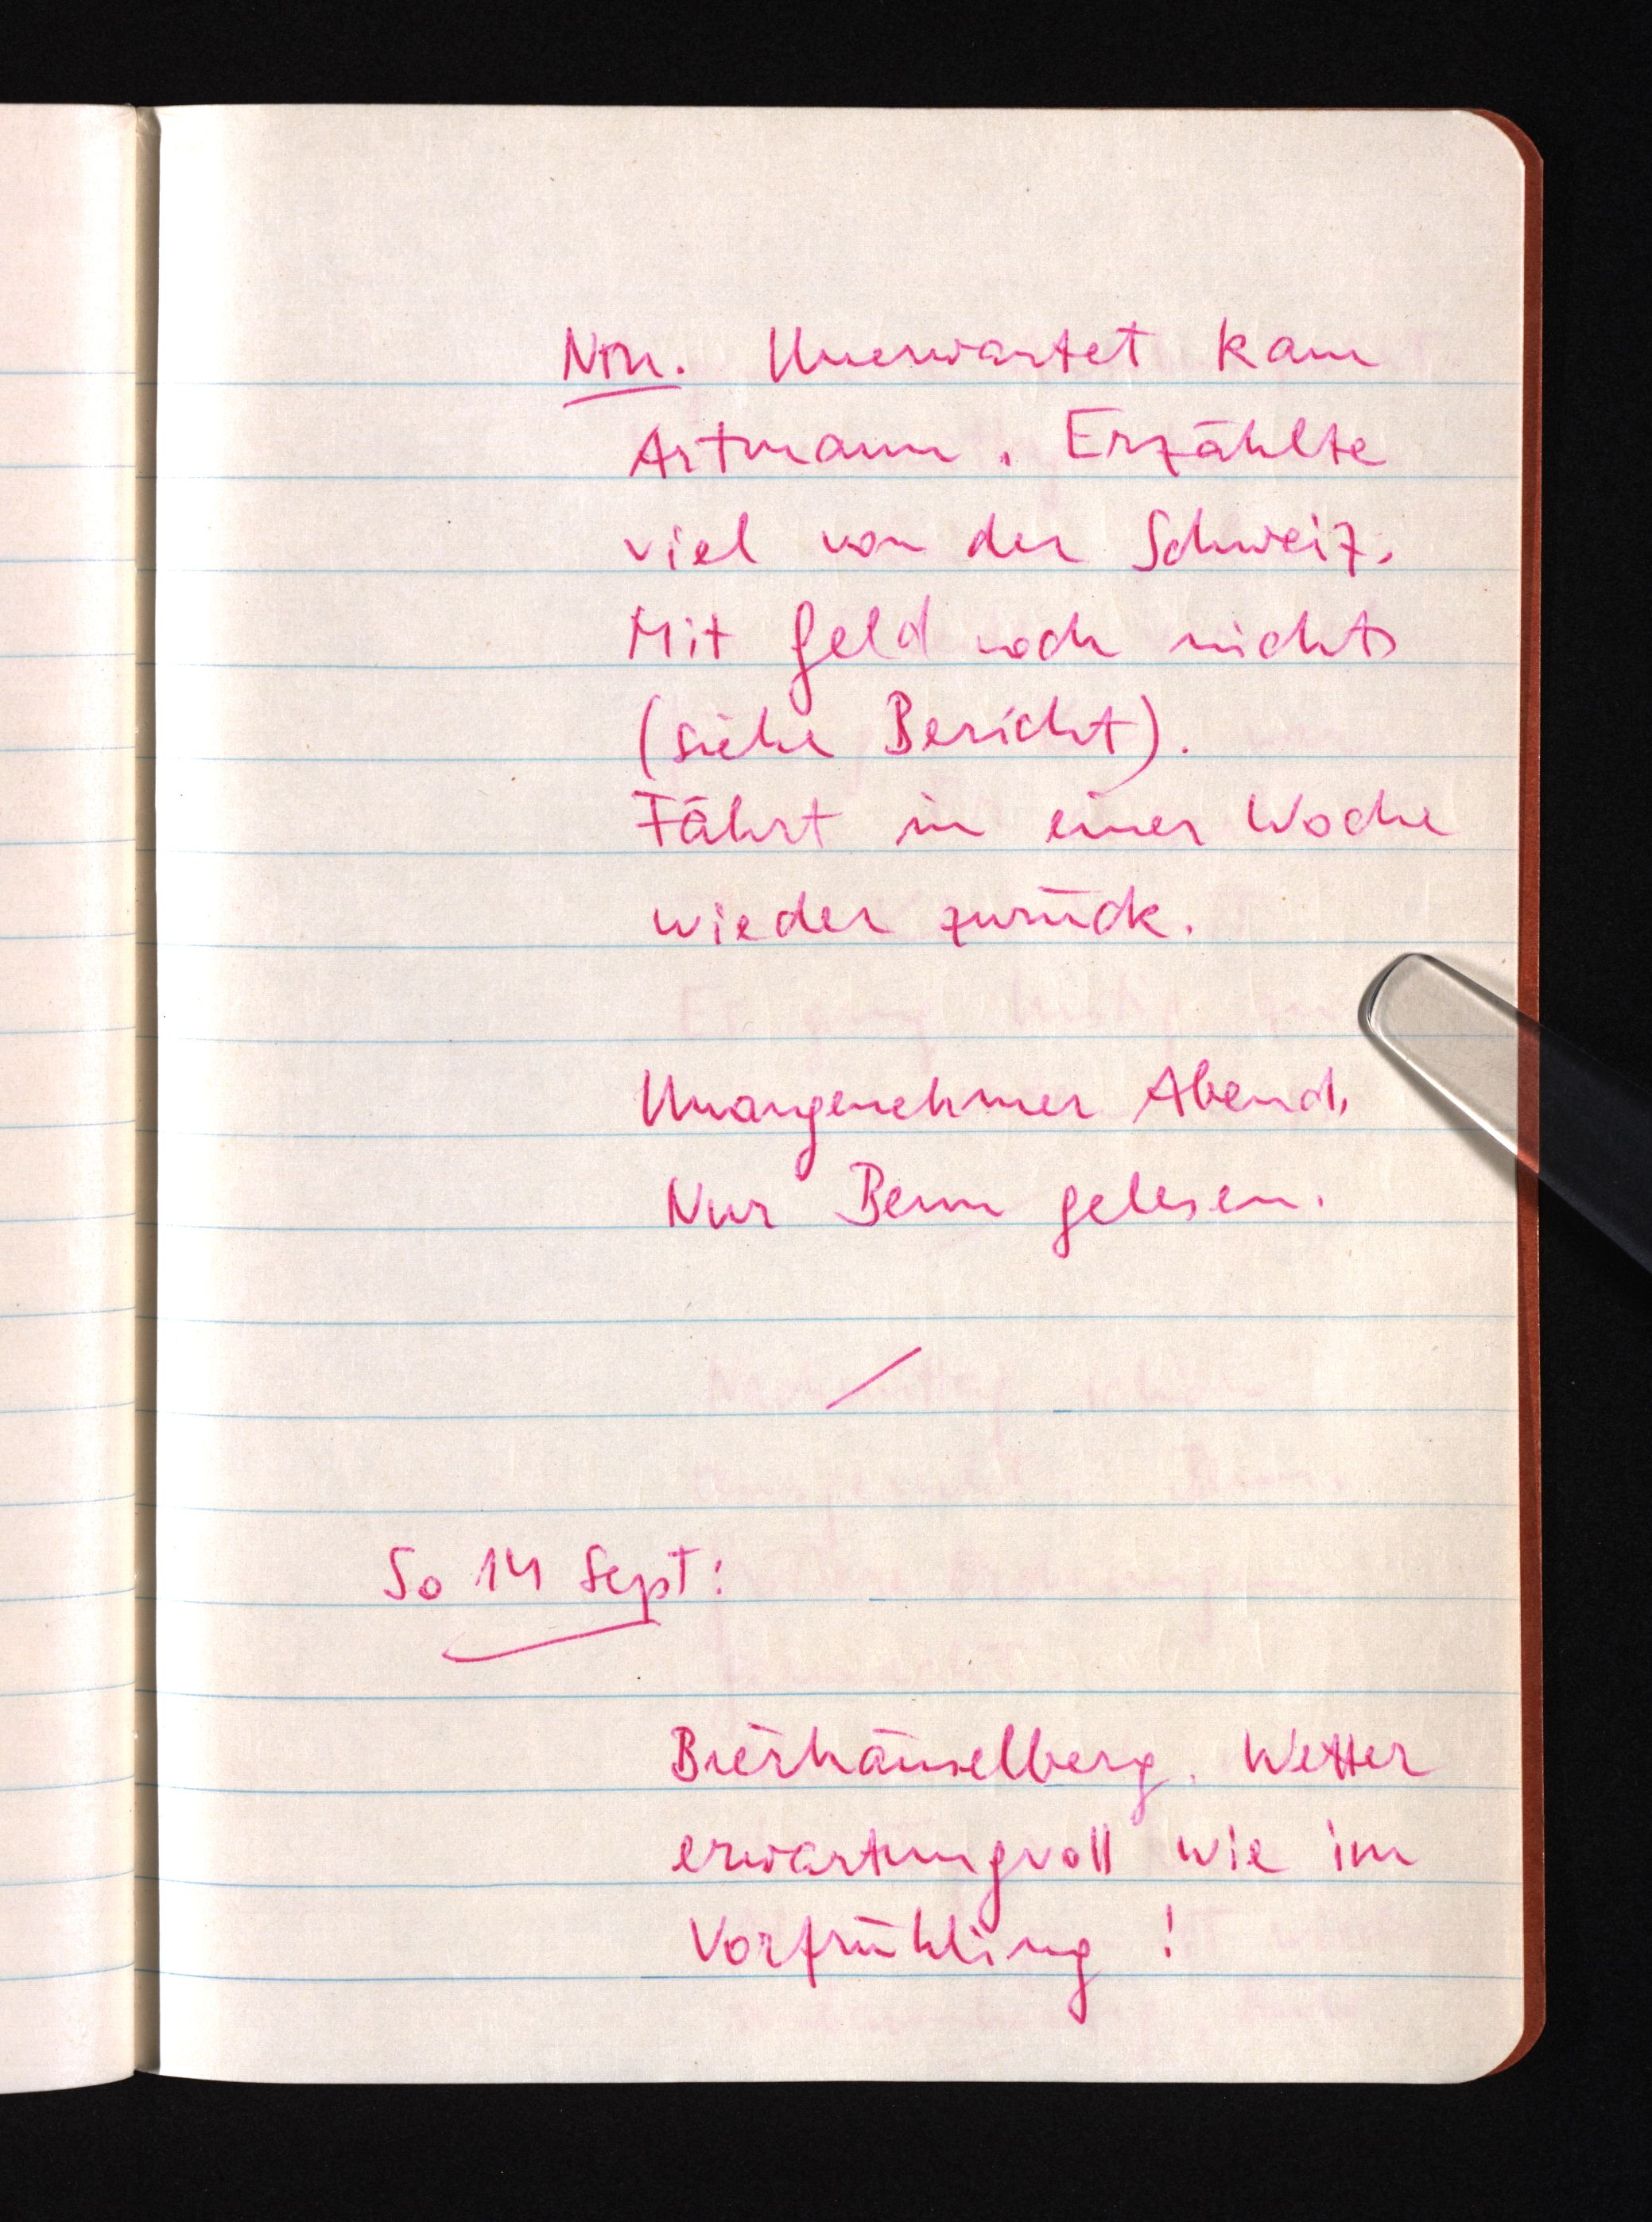
Nm. Unerwartet kam
Artmann. Erzählte
viel von der Schweiz.
Mit Geld noch nichts
(siehe Bericht).
Fährt in einer Woche
wieder zurück.
Unangenehmer Abend.
Nur Benn gelesen.
So 14 Sept:
Bierhäuselberg. Wetter
erwartungsvoll wie im
Vorfrühling!